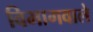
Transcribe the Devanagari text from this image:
विभागवाले